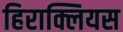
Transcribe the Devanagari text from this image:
हिराक्लियस